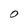
Character: O